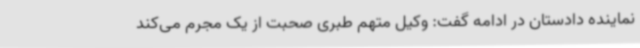
نماینده دادستان در ادامه گفت: وکیل متهم طبری صحبت از یک مجرم می‌کند